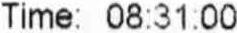
TIME: 08:31:00